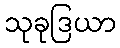
သုခုဒြယာ